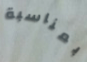
بمناسبة